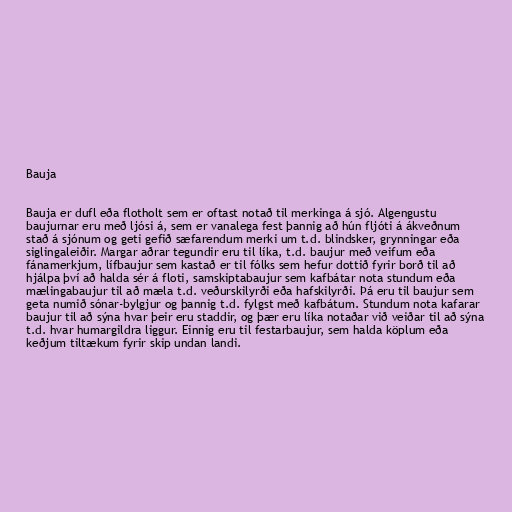
Bauja

Bauja er dufl eða flotholt sem er oftast notað til merkinga á sjó. Algengustu
baujurnar eru með ljósi á, sem er vanalega fest þannig að hún fljóti á ákveðnum
stað á sjónum og geti gefið sæfarendum merki um t.d. blindsker, grynningar eða
siglingaleiðir. Margar aðrar tegundir eru til líka, t.d. baujur með veifum eða
fánamerkjum, lífbaujur sem kastað er til fólks sem hefur dottið fyrir borð til að
hjálpa því að halda sér á floti, samskiptabaujur sem kafbátar nota stundum eða
mælingabaujur til að mæla t.d. veðurskilyrði eða hafskilyrði. Þá eru til baujur sem
geta numið sónar-bylgjur og þannig t.d. fylgst með kafbátum. Stundum nota kafarar
baujur til að sýna hvar þeir eru staddir, og þær eru líka notaðar við veiðar til að sýna
t.d. hvar humargildra liggur. Einnig eru til festarbaujur, sem halda köplum eða
keðjum tiltækum fyrir skip undan landi.